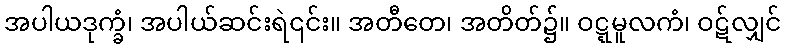
အပါယဒုက္ခံ၊ အပါယ်ဆင်းရဲ၎င်း။ အတီတေ၊ အတိတ်၌။ ဝဋ္ဋမူလကံ၊ ဝဋ်လျှင်